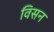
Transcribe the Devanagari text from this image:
विसन